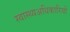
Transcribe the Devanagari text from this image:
स्वास्थ्यअधिकारियों